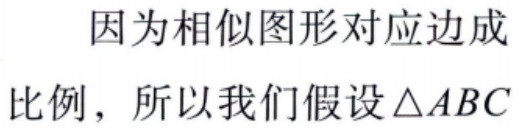
因为相似图形对应边成
比例，所以我们假设\(\triangle ABC\)